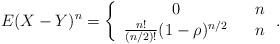
LaTeX: \begin{align*}E(X-Y)^{n}=\left\{ \begin{array}{ccc}0 & & n \\ \frac{n!}{(n/2)!}(1-\rho )^{n/2} & & n\end{array}\right. . \end{align*}